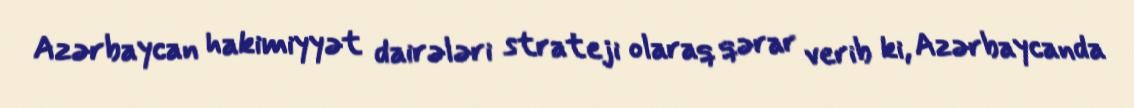
Azərbaycan hakimiyyət dairələri strateji olaraq qərar verib ki, Azərbaycanda